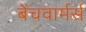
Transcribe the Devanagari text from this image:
बेंचवार्मर्स